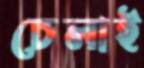
চেলাই